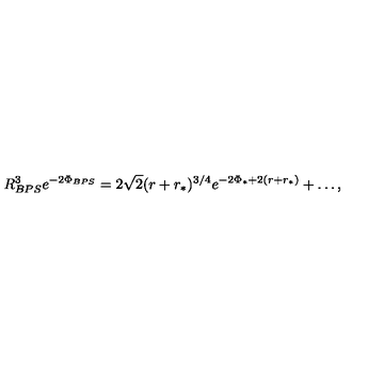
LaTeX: R _ { B P S } ^ { 3 } e ^ { - 2 \Phi _ { B P S } } = 2 \sqrt { 2 } ( r + r _ { * } ) ^ { 3 / 4 } e ^ { - 2 \Phi _ { * } + 2 ( r + r _ { * } ) } + \ldots ,